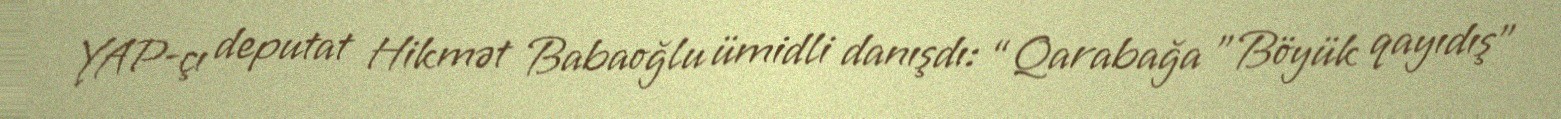
YAP-çı deputat Hikmət Babaoğlu ümidli danışdı: “Qarabağa ”Böyük qayıdış"